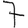
Digit: 7